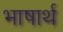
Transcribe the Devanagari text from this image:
भाषार्थ